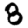
Digit: 8